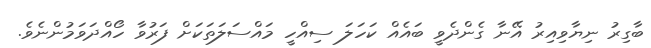
ބާގިރު ނިޔާވިއިރު އޭނާ ގެންދެވީ ބައެއް ކަހަލަ ސިއްހީ މައްސަލަތަކަށް ފަރުވާ ހޯއްދަވަމުންނެވެ.